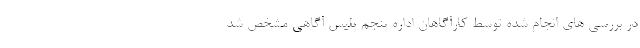
در بررسی های انجام شده توسط کارآگاهان اداره پنجم پلیس آگاهی مشخص شد